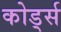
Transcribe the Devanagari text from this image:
कोर्ड्स